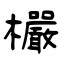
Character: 欕